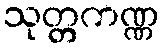
သုတ္တကဏ္ဏ